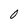
Character: 0